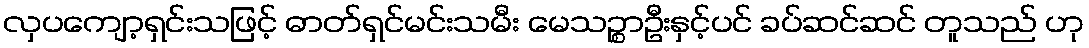
လှပကျော့ရှင်းသဖြင့် ဓာတ်ရှင်မင်းသမီး မေသဉ္စာဦးနှင့်ပင် ခပ်ဆင်ဆင် တူသည် ဟု